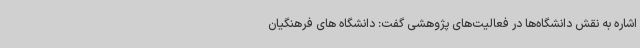
اشاره به نقش دانشگاه‌ها در فعالیت‌های پژوهشی گفت: دانشگاه های فرهنگیان